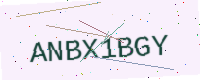
Text: ANBX1BGY